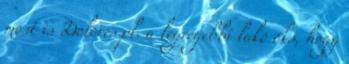
most is Dolores pl. a legrégebbi lakó oks, hogy